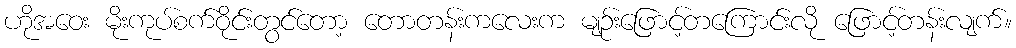
ဟိုအဝေး မိုးကုပ်စက်ဝိုင်းတွင်တော့ တောတန်းကလေးက မျဉ်းဖြောင့်တကြောင်းလို ဖြောင့်တန်းလျက်။